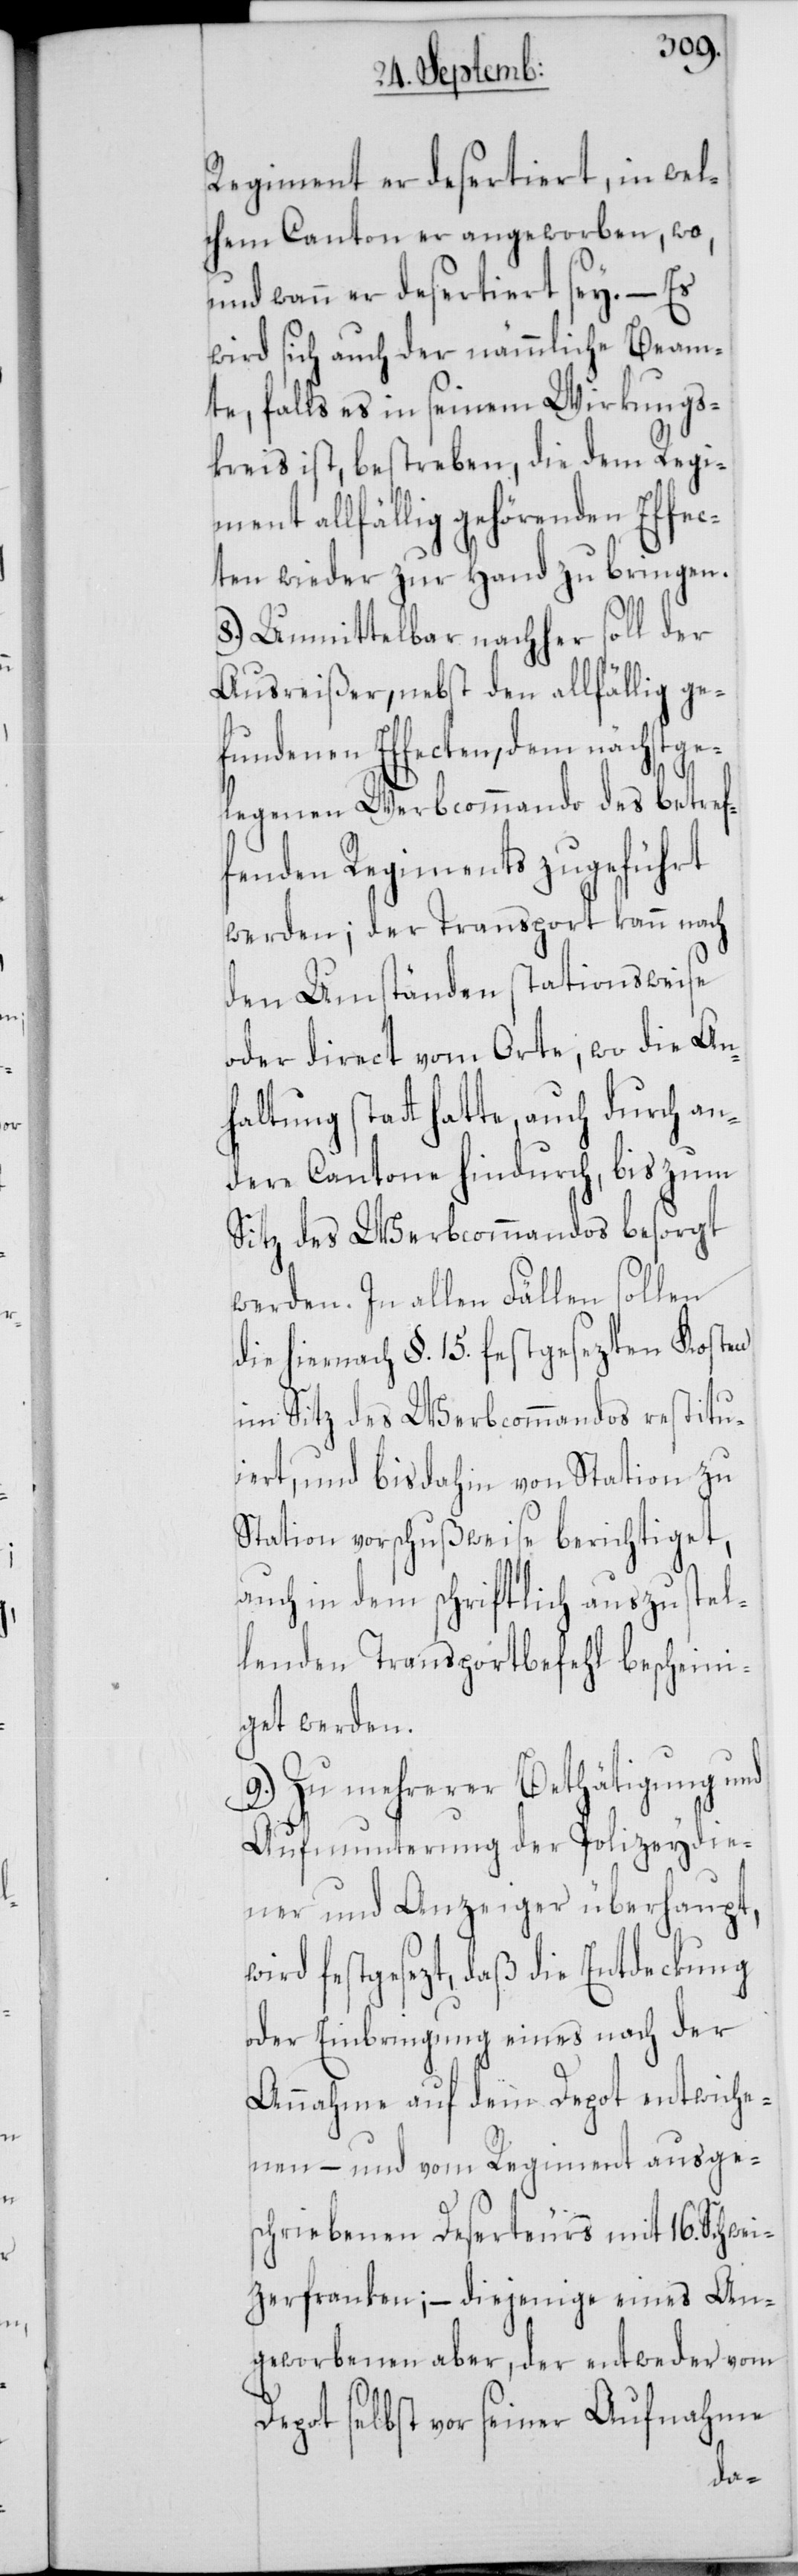
Regiment er desertiert, in wel¬
chem Canton er angeworben, wo,
und wann er desertiert sey. – Es
wird sich auch der nämmliche Beam¬
te, falls es in seinem Wirkungs¬
kreis ist, bestreben, die dem Regi¬
ment allfällig gehörenden Effec¬
ten wieder zur Hand zu bringen.
8.) Unmittelbar nachher soll der
Ausreißer, nebst den allfällig ge¬
fundenen Effecten, dem nächstge¬
legenen Werbkommando des betref¬
fenden Regiments zugeführt
werden; der Transport kann nach
den Umständen stationsweise
oder direct vom Orte, wo die An¬
haltung statt hatte, auch durch an¬
dere Cantone hindurch, bis zum
Sitz des Werbcommandos besorgt
werden. In allen Fällen sollen
die hiernach §. 15. festgesezten Kosten
im Sitz des Werbcommandos restitu¬
iert, und bis dahin von Station zu
Station vorschußweise berichtiget,
auch in dem schriftlich auszustel¬
lenden Transportbefehl bescheini¬
get werden.
9.) Zu mehrerer Bethätigung und
Aufmunterung der Polizeydie¬
ner und Anzeiger überhaupt,
wird festgesezt, daß die Entdeckung
oder Einbringung eines nach der
Annahme auf dem Depot entwiche¬
nen – und vom Regiment ausges¬
chriebenen Deserteurs mit 16. Schwei¬
tzerfranken; – diejenige eines An¬
geworbenen aber, der entweder vom
Depot selbst vor seiner Aufnahme